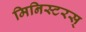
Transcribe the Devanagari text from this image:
मिनिस्टरस्